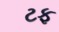
ટફ